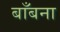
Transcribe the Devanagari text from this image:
बाँबना